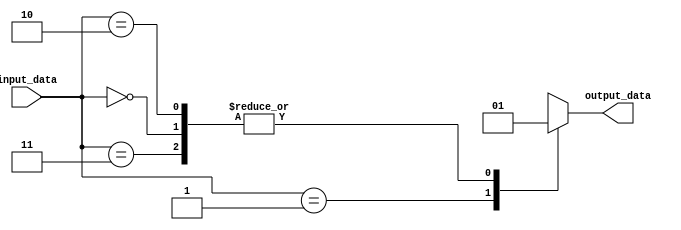
module donCareExample(
    input [1:0] input_data,
    output reg output_data
);

always @(*) begin
    case(input_data)
        2'b00, 2'b11: output_data = 1; // Don't care cases
        2'b01: output_data = 0;
        2'b10: output_data = 1;
    endcase
end

endmodule